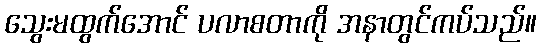
သွေးမထွက်အောင် ပလာစတာကို အနာတွင်ကပ်သည်။